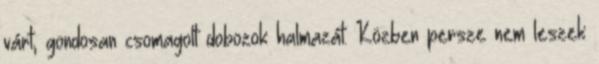
várt, gondosan csomagolt dobozok halmazát. Közben persze nem leszek